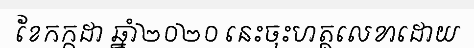
ខែកក្កដា ឆ្នាំ២០២០ នេះចុះហត្ថលេខាដោយ